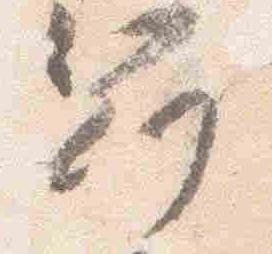
冠